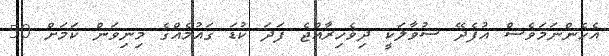
އެހެންނަމަވެސް އުފެދޭ ސުވާލަކީ ދިވެހިރާއްޖެ ފަދަ ކުޑަ ގައުމެއްގެ މިނިވަން ކަމަށް 50